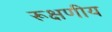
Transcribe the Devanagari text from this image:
रूक्षणीय